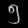
Digit: ၅